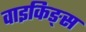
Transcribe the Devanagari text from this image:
वाइकिङ्स